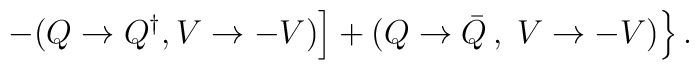
\left.\left. - (Q \rightarrow Q^{\dagger}, V \rightarrow - V) \right]+ (Q \rightarrow {\bar Q}\,,\; V \rightarrow -V) \right\}.